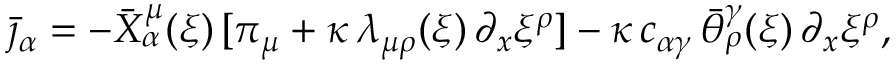
\bar { \jmath } _ { \alpha } = - \bar { X } _ { \alpha } ^ { \mu } ( \xi ) \, [ \pi _ { \mu } + \kappa \, \lambda _ { \mu \rho } ( \xi ) \, \partial _ { x } \xi ^ { \rho } ] - \kappa \, c _ { \alpha \gamma } \, \bar { \theta } _ { \rho } ^ { \gamma } ( \xi ) \, \partial _ { x } \xi ^ { \rho } ,